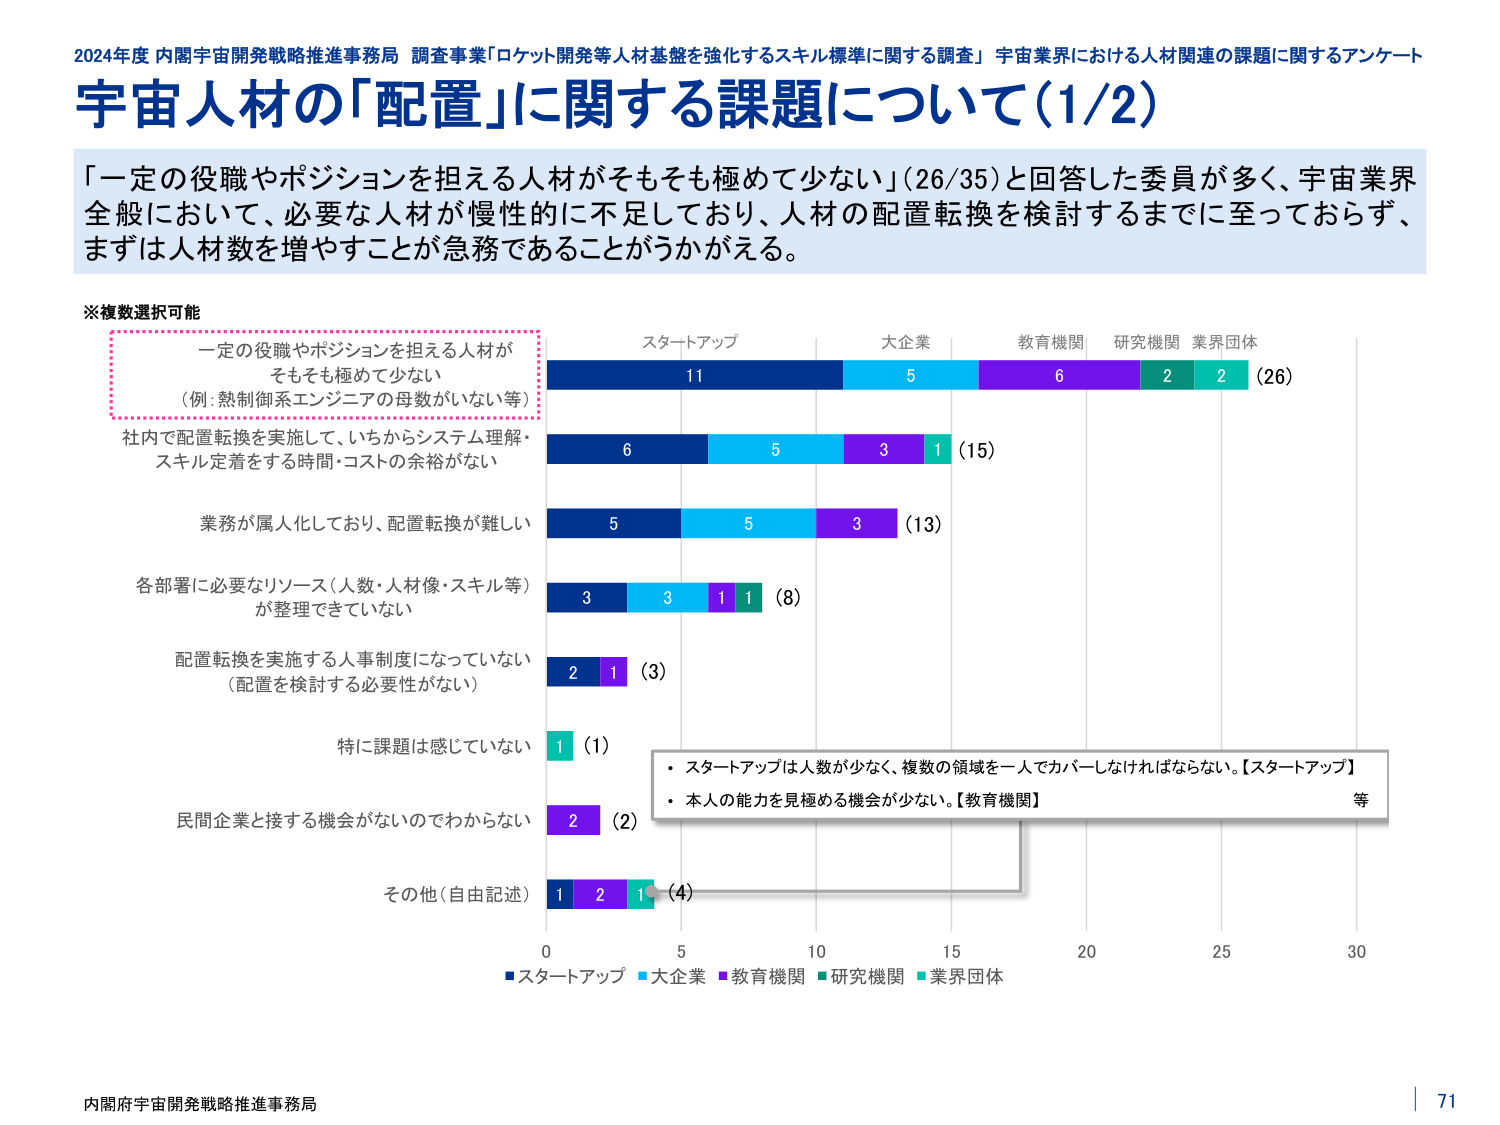
2024年度 内閣宇宙開発戦略推進事務局 調査事業「ロケット開発等人材基盤を強化するスキル標準に関する調査」 宇宙業界における人材関連の課題に関するアンケート
宇宙人材の「配置」に関する課題について（1/2）

「一定の役職やポジションを担える人材がそもそも極めて少ない」（26/35）と回答した委員が多く、宇宙業界全般において、必要な人材が慢性的に不足しており、人材の配置転換を検討するまでに至っておらず、まずは人材数を増やすことが急務であることがうかがえる。

※複数選択可能

一定の役職やポジションを担える人材が
そもそも極めて少ない
（例：熱制御系エンジニアの母数がいない等）
スタートアップ 11
大企業 5
教育機関 6
研究機関 2
業界団体 2
（26）

社内で配置転換を実施して、いちからシステム理解・
スキル定着をする時間・コストの余裕がない
6 5 3 1 （15）

業務が属人化しており、配置転換が難しい
5 5 3 （13）

各部署に必要なリソース（人数・人材像・スキル等）
が整理できていない
3 3 1 1 （8）

配置転換を実施する人事制度になっていない
（配置を検討する必要性がない）
2 1 （3）

特に課題は感じていない
1 （1）

民間企業と接する機会がないのでわからない
2 （2）

その他（自由記述）
1 2 1 （4）

・スタートアップは人数が少なく、複数の領域を一人でカバーしなければならない。【スタートアップ】
・本人の能力を見極める機会が少ない。【教育機関】
等

■スタートアップ ■大企業 ■教育機関 ■研究機関 ■業界団体

内閣府宇宙開発戦略推進事務局
71